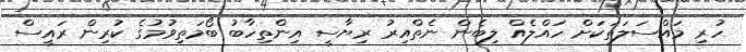
ހުރި މައްސަލަތަކަށް ހައްލެއް ލިބެން ނެތްއިރު ރިޔާސީ އިންތިހާބު ބޯމަތިވުމުގެ ކުރިން ރައީސް